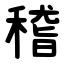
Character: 稽